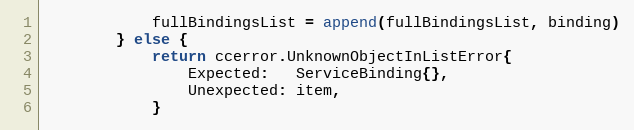
Language: Go
			fullBindingsList = append(fullBindingsList, binding)
		} else {
			return ccerror.UnknownObjectInListError{
				Expected:   ServiceBinding{},
				Unexpected: item,
			}